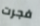
فجرت